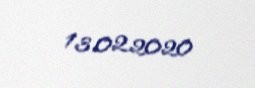
13.02.2020